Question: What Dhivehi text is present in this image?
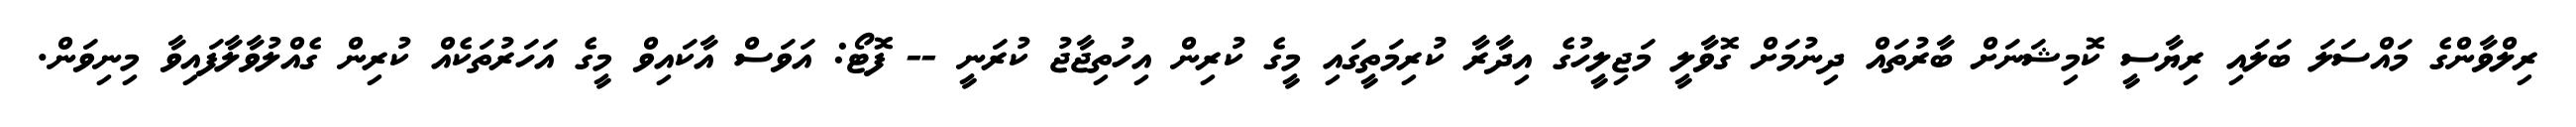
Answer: ރިލްވާންގެ މައްސަލަ ބަލައި ރިޔާސީ ކޮމިޝަނަށް ބާރުތައް ދިނުމަށް ގޮވާލީ މަޖިލީހުގެ އިދާރާ ކުރިމަތީގައި މީގެ ކުރިން އިހުތިޖާޖު ކުރަނީ -- ފޮޓޯ: އަވަސް އާކައިވް މީގެ އަހަރުތަކެއް ކުރިން ގެއްލުވާލާފައިވާ މިނިވަން.